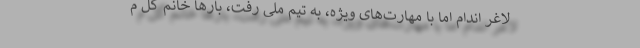
لاغر اندام اما با مهارت‌های ویژه، به تیم ملی رفت، بارها خانم گل م